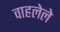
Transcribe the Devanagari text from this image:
वाहलेले